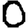
Digit: 0